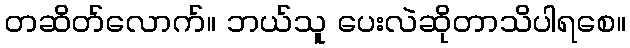
တဆိတ်လောက်။ ဘယ်သူ ပေးလဲဆိုတာသိပါရစေ။